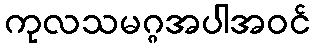
ကုလသမဂ္ဂအပါအဝင်